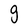
Character: g